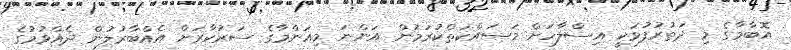
އޮބާމާގެ މި ދަތުރުފުޅަކީ އިސްލާހަށް މަސައްކަތްކުރަމުން އަންނަ މިއަންމާގެ ސަރުކާރަށް އެއްބާރުލުން ދެއްވުމުގެ